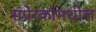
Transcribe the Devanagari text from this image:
संप्रेरकामधील